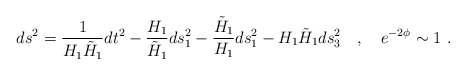
\begin{align*}ds^2 = \frac{1}{H_1 \tilde{H}_1} dt^2 - \frac{H_1}{\tilde{H}_1} ds^2_1 -\frac{\tilde{H}_1}{H_1} ds^2_1 - H_1 \tilde{H}_1 ds^2_3 \quad , \quad e^{-2 \phi} \sim 1 \ .\end{align*}